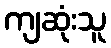
ကျဆုံးသူ